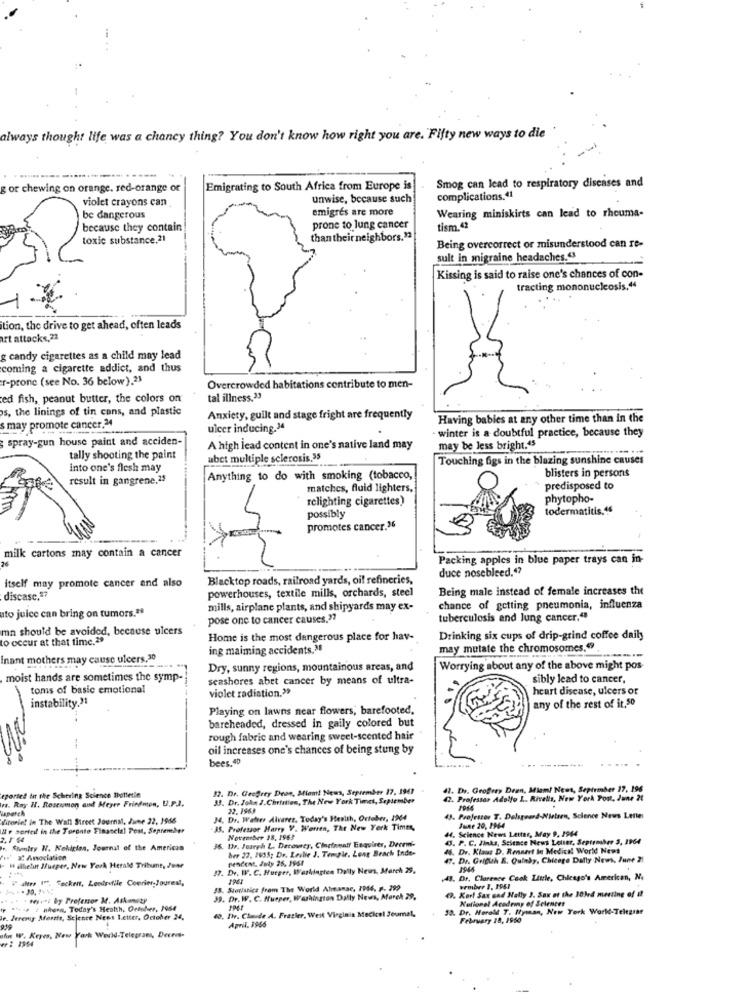
always thought life was a chancy thing? You don't know how right you are. Fifty new ways to die
gor chewing on orange. red-orange or
Emigrating to South Africa from Europe is
Smog can lead to respiratory diseases and
violet crayons can
unwise, because such
complications.41
emigres are more
Wearing miniskirts can lead to rheuma-
be dangerous
because they contain
prone to lung cancer
tism.42
toxic substance.21
than their neighbors.12
Being overcorrect or misunderstood can re-
sult in migraine headaches.43
Kissing is said to raise one's chances of con-
tracting mononucleosis.44
tion, the drive to get ahead, often leads
art attacks,23
g candy cigarettes as a child may lead
coming a cigarette addict, and thus
r-prone (see No. 36 below).23
Overcrowded habitations contribute to men-
ed fish, peanut butter, the colors on
tal illness.33
s, the linings of tin cans, and plastic
Anxiety, guilt and stage fright are frequently
Having babies at any other time than in the
s may promote cancer.24
ulcer inducing.34
spray-gun house paint and acciden-
- winter is a doubtful practice, because they
A high lead content in one's native land may
may be less bright.45
tally shooting the paint
ubet multiple sclerosis,35
Touching figs in the blazing sunshine causes
into one's flesh may
blisters in persons
result in gangrene.23
Anything to do with smoking (tobacco,
matches, fluid lighters.
predisposed to
relighting cigarettes)
phytopho-
possibly
todermatitis.15
promotes cancer.36
milk cartons may contain a cancer
Packing apples in blue paper trays can in-
duce nosebleed.47
itself may promote cancer and also
Blacktop roads, railroad yards, oil refineries,
powerhouses, textile mills, orchards, steel
Being male instead of female increases the
discase,27
uto juice can bring on tumors."
mills, airplane plants, and shipyards may ex-
chance of getting pneumonia, influenza
pose one to cancer causes."7
tuberculosis and lung cancer.“
mn should be avoided, because ulcers
to occur at that time.29
Home is the most dangerous place for hav-
Drinking six cups of drip-grind coffee daily
ing maiming accidents."
may mutate the chromosomes."
Inant mothers may cause ulcers,30
Dry, sunny regions, mountainous areas, and
Worrying about any of the above might pos-
moist hands are sometimes the symp-
seashores abet cancer by means of ultra-
sibly lead to cancer,
toms of basic emotional
violet radiation."
heart disease, ulcers of
instability.31
Playing on lawns near flowers, barefooted,
any of the rest of it.50
bareheaded, dressed in gaily colored but
rough fabric and wearing sweet-scented hair
oil increases one's chances of being stung by
bees.40
eporset dit the Schering Science Betterle
82. Dr. Ceofery Dean, Miami! News, September 17, 1941
. Dr. Grofrey Dren, Miam! News, Sepirmber 17, 196
ra. Ray N. Rosenmon and Meyer Friedmon, U.P.J.
33. Dr. John J.Christian, The New York Times, September
42. Professor Adolfo L .. Rivalis, New York Pou, June 21
22. 1963
Mirorief in The Wall Street Journal, June 22, 1966
34. Dr. Walter Alvarez, Today's Health, October, 1964
43. Professor T. Delageard-Nielsen, Science News Letter
& e sorted in the Toronto Financial Pest, September
-35. Professor Harry V. Werren, The New York Times,
44, Science News Letter, May 9, 1944
June 20, 1964
36. 13v. Joseph L. Detowner, Clariamalf Enquiser, Decem'-
November 18, 1963
O. P. C. Jinks, Science News Letter, September 3, 1964
.. Stumley N. Nohuician, Journal of the American
ber 22. 2955; Dr. Leslie J. Temple. Long Beach Inde-
44. Dr. Klaus D. Reneert In Medical World News
" .. a Association
pendent. July 25, 1961
47. Dr. Griguh R. Quinby, Chicago Daily News, June 21
I alletust Ifueper, New York Herald Tribune, June
17. Dr. W. C. Hueger, Werktagten Daily News, March 29,
Pan 1. Tecken, Lentrefile Courier-Jourest,
+43. Dr, Clarence Cook Little, Chicago's American, No
48. Stodlunica from The World Almanac, 7946, p. 299
(9. Kort Sax sad Nally J. Sax et the 103rd meeting of if
.. .. . Hy hy Professor M. Askomety
39. Dr. W. C. Nurper, Washington Daily News, March 29,
National Academy of Sciences
** : nhon, Today's Health, Detoher, Jose
40, Ihr. Claude A. Frazier, Weil Virginia Mecicel Jeumal,
30. Dr. Harald T. Wyman, New York World-Telegraf
Je. Jeremy Aforits, Science News Letter, October 24,
February 18, 1960
April. 1966
4: 1964
Ihn W. Keyes, New York World-Telegram, Decen-